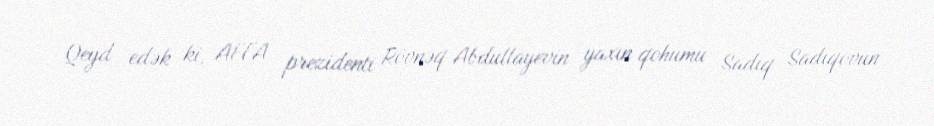
Qeyd edək ki, AFFA prezidenti Rövnəq Abdullayevin yaxın qohumu Sadıq Sadıqovun